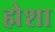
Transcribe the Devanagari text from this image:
ह्मेशा